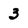
Character: 3